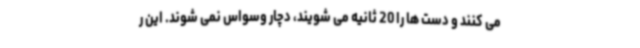
می کنند و دست ها را 20 ثانیه می شویند، دچار وسواس نمی شوند. این ر